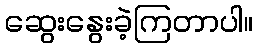
ဆွေးနွေးခဲ့ကြတာပါ။